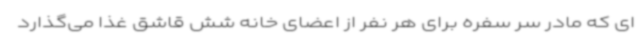
ای که مادر سر سفره برای هر نفر از اعضای خانه شش قاشق غذا می‌گذارد